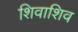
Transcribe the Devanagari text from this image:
शिवाशिव